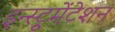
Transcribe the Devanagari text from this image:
इन्स्ट्रूमेंटेशन